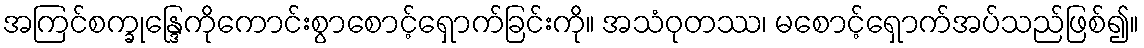
အကြင်စက္ခုန္ဒြေကိုကောင်းစွာစောင့်ရှောက်ခြင်းကို။ အသံဝုတဿ၊ မစောင့်ရှောက်အပ်သည်ဖြစ်၍။